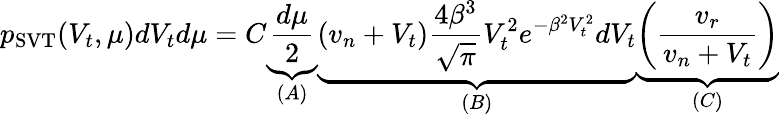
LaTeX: p_{\mathrm{SVT}}(V_{t},\mu)dV_{t}d\mu=C\underbrace{\frac{d\mu}{2}}_{(A)}\underbrace{(v_{n}+V_{t})\frac{4\beta^{3}}{\sqrt{\pi}}V_{t}^{2}e^{-\beta^{2}V_{t}^{2}}dV_{t}}_{(B)}\underbrace{\left(\frac{v_{r}}{v_{n}+V_{t}}\right)}_{(C)}